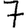
Digit: 7